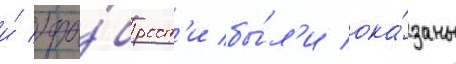
и́ хра́брост'и бы́л'и ока́заны